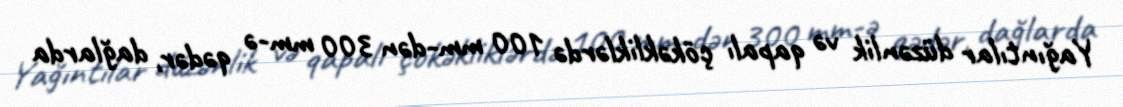
Yağıntılar düzənlik və qapalı çökəkliklərdə 100 mm-dən 300 mm-ə qədər, dağlarda